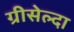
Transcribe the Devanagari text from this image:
ग्रीसेल्दा